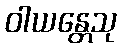
ဝါယန္တေသု